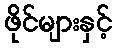
ဖိုင်များနှင့်